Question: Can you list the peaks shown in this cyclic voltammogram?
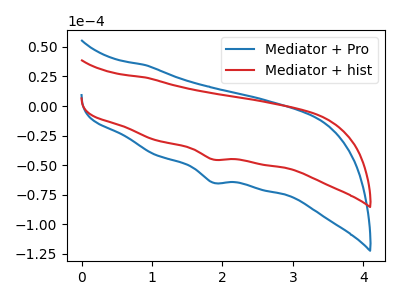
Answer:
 <answer>The blue curve "Mediator + Pro" has a cathodic peak at: (1.85V, -64.90uA). The red curve "Mediator + hist" has a cathodic peak at: (1.85V, -45.30uA).</answer>
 <eval></eval>